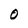
Character: O